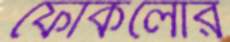
ফোকলোর